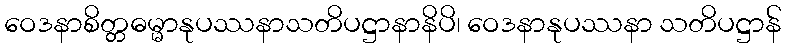
ဝေဒနာစိတ္တဓမ္မာနုပဿနာသတိပဋ္ဌာနာနိပိ၊ ဝေဒနာနုပဿနာ သတိပဋ္ဌာန်